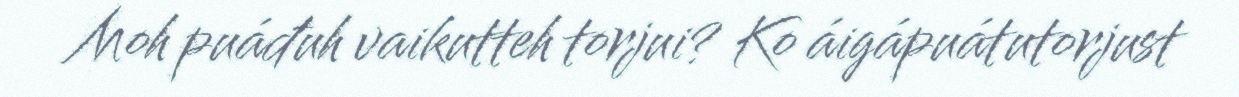
Moh puáđuh vaikutteh torjui? Ko áigápuátutorjust